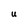
Character: U